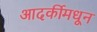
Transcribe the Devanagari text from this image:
आदर्कीमधून